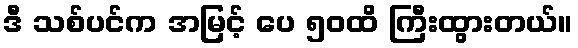
ဒီ သစ်ပင်က အမြင့် ပေ ၅၀ထိ ကြီးထွားတယ်။